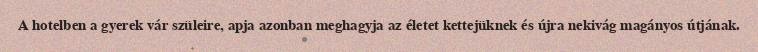
A hotelben a gyerek vár szüleire, apja azonban meghagyja az életet kettejüknek és újra nekivág magányos útjának.